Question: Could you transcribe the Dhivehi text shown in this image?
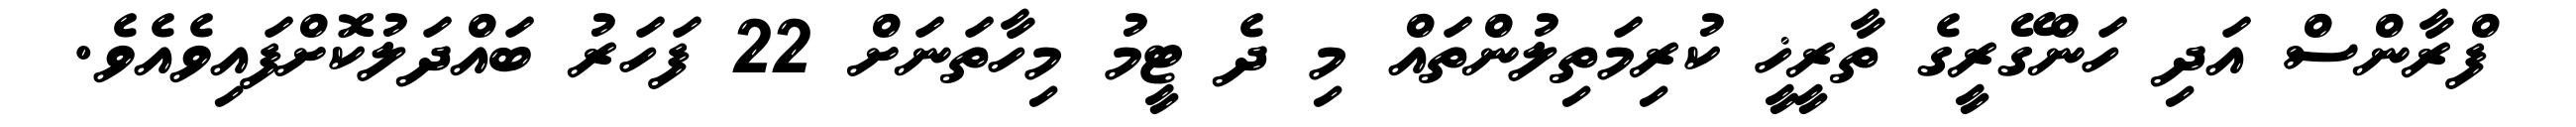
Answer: ފްރާންސް އަދި ހަންގޭރީގެ ތާރީޚީ ކުރިމަތިލުންތައް މި ދެ ޓީމު މިހާތަނަށް 22 ފަހަރު ބައްދަލުކޮށްފައިވެއެވެ.